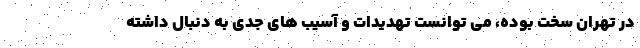
در تهران سخت بوده، می توانست تهدیدات و آسیب های جدی به دنبال داشته